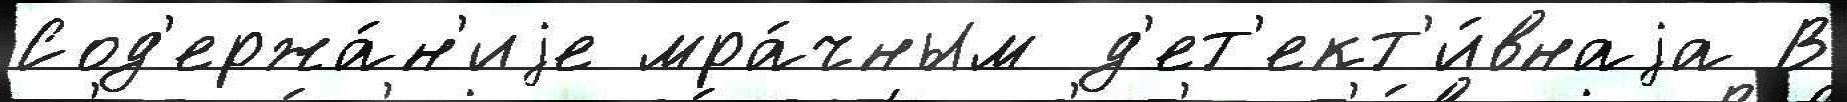
Сод'ержа́н'иjе мра́чным д'ет'ект'и́внаjа В